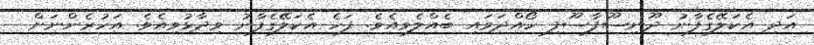
އަދި އެކަލޭގެފާނު ދޫނިސޫފާސޫފި ހޯއްދަވައި ބެއްލެވިއެވެ. ފަހެ އެކަލޭގެފާނު ވިދާޅުވިއެވެ. އަހުރެންނަށް